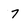
Character: 7